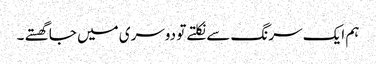
ہم ایک سرنگ سے نکلتے تو دوسری میں جا گھستے ۔